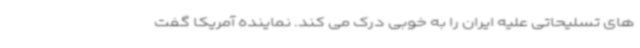
های تسلیحاتی علیه ایران را به خوبی درک می کند. نماینده آمریکا گفت